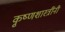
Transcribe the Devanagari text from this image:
कृ्ष्णशास्त्रींनी